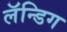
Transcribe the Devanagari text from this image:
लॅन्डिग